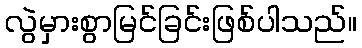
လွဲမှားစွာမြင်ခြင်းဖြစ်ပါသည်။